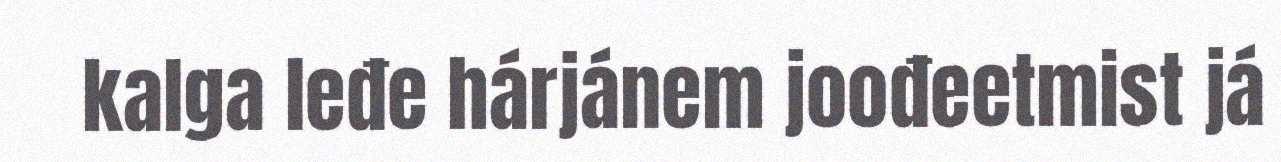
kalga leđe hárjánem joođeetmist já